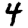
Digit: 4